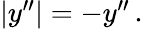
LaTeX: \begin{array}{r}{|y^{\prime\prime}|=-y^{\prime\prime}\, .}\end{array}